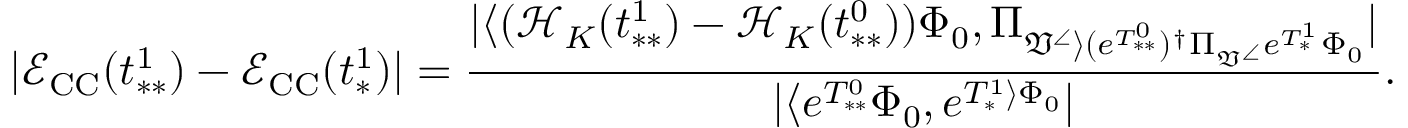
| \mathcal { E } _ { \mathrm { C C } } ( t _ { * * } ^ { 1 } ) - \mathcal { E } _ { \mathrm { C C } } ( t _ { * } ^ { 1 } ) | = \frac { | \langle ( \mathcal { H } _ { K } ( t _ { * * } ^ { 1 } ) - \mathcal { H } _ { K } ( t _ { * * } ^ { 0 } ) ) \Phi _ { 0 } , \Pi _ { \mathfrak { V } ^ { \angle } \rangle ( e ^ { T _ { * * } ^ { 0 } } ) ^ { \dag } \Pi _ { \mathfrak { V } ^ { \angle } } e ^ { T _ { * } ^ { 1 } } \Phi _ { 0 } } | } { | \langle e ^ { T _ { * * } ^ { 0 } } \Phi _ { 0 } , e ^ { T _ { * } ^ { 1 } \rangle \Phi _ { 0 } } | } .